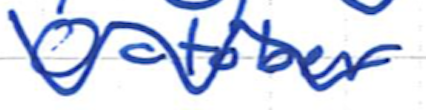
Text: October
Cross-out: wave
Writing tool: ballpoint